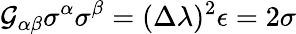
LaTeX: \mathcal{G}_{\alpha\beta}\sigma^{\alpha}\sigma^{\beta}=(\Delta\lambda)^{2}\epsilon=2\sigma